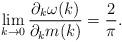
LaTeX: \begin{align*} \lim_{k \to 0} \frac{ \partial_k \omega(k)}{\partial_k m(k)} = \frac{2}{\pi}.\end{align*}